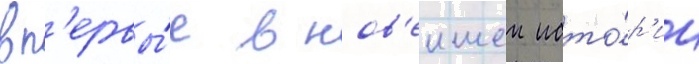
вп'ервы́е в нов'еишеи исто́р'ии